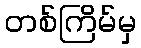
တစ်ကြိမ်မှ